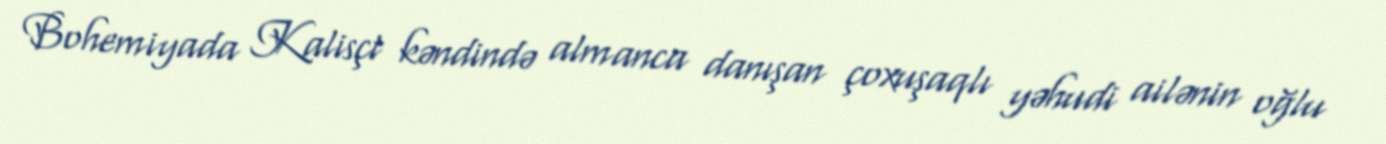
Bohemiyada Kalisçt kəndində almanca danışan çoxuşaqlı yəhudi ailənin oğlu